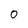
Character: 0